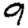
Digit: 9